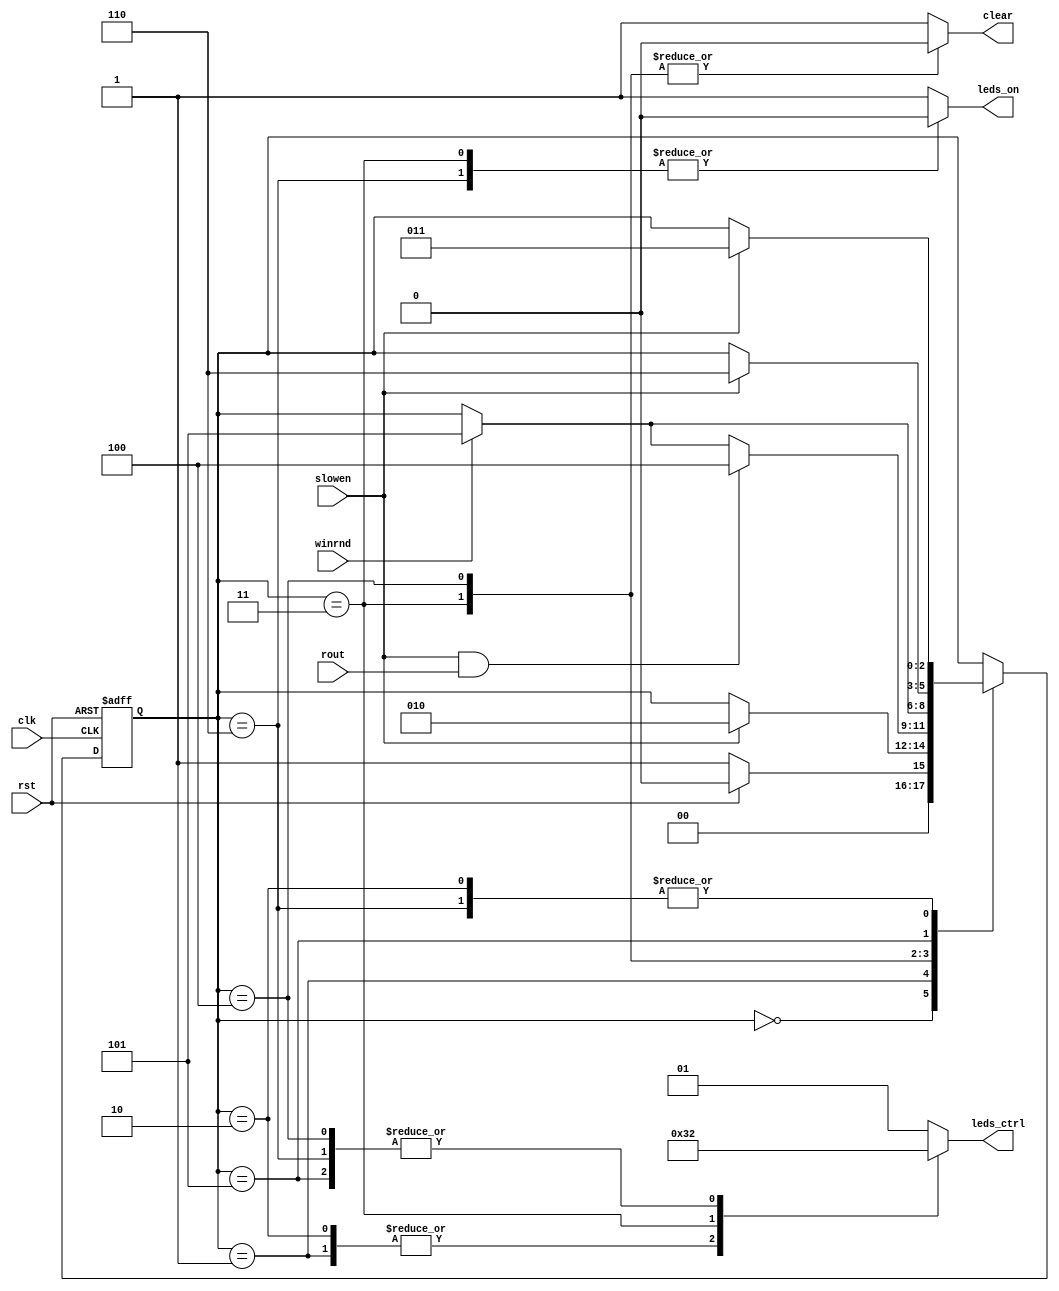
module mc(clk, rst, rout, winrnd, slowen, leds_on, leds_ctrl, clear);
	input wire clk;
	input wire rst;
	input wire rout;
	input wire winrnd;
	input wire slowen;
	output reg leds_on;
	output reg [1:0] leds_ctrl;
	output reg clear;

	//states
	`define RESET  3'b000
	`define wait_a  3'b001
	`define wait_b  3'b010
	`define dark  3'b011
	`define play  3'b100
	`define gloat_a  3'b101
	`define gloat_b  3'b110
	reg [2:0] state;
	reg [2:0] next_state;

	always@(posedge rst or posedge clk)
		if(rst) state <= `RESET;
		else state <= next_state;

	always@(state or rst or slowen or winrnd or rout)
	begin
		case(state)
			`RESET: 	if(~rst)next_state <= `wait_a;
						else next_state <= `RESET;
			`wait_a: 	if(slowen) next_state <= `wait_b;
						else next_state <= state;
			`wait_b:	if(slowen) next_state <= `dark;
						else next_state <= state;
			`dark:		if(slowen & rout) next_state <= `play;
						else if(winrnd) next_state <= `gloat_a;
						else next_state <= state;	
			`play: 		if(winrnd) next_state <= `gloat_a;
						else next_state <= state;
			`gloat_a: 	if(slowen) next_state <= `gloat_b;
						else next_state <= state;
			`gloat_b: 	if(slowen) next_state <= `dark;
						else next_state <= state;
			default: 	next_state <= state;
		endcase
	end
	
	always@(state)
	begin
		case(state)
			`RESET: 		begin clear	<= 1; leds_on <= 1; leds_ctrl <= 2'b01; end
			`wait_a: 		begin clear <= 1; leds_on <= 1; leds_ctrl <= 2'b11; end
			`wait_b: 		begin clear <= 1; leds_on <= 1; leds_ctrl <= 2'b11; end
			`dark: 			begin clear <= 0; leds_on <= 0; leds_ctrl <= 2'b00; end
			`play: 			begin clear <= 0; leds_on <= 1; leds_ctrl <= 2'b10; end
			`gloat_a:		begin clear <= 1; leds_on <= 1; leds_ctrl <= 2'b10; end
			`gloat_b:		begin clear <= 1; leds_on <= 0; leds_ctrl <= 2'b10; end
			default:		begin clear <= 1; leds_on <= 1; leds_ctrl <= 2'b01; end
		endcase
	end

endmodule